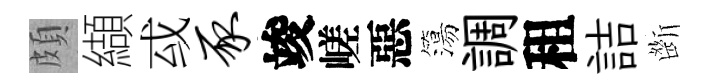
頗纈㦯豕竣嵯惡簜調租詰㫁